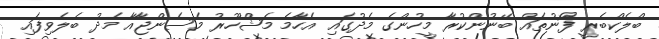
ބްލެކްބެރީ ފޯނުތައް ބޭނުންކުރާ މީހުންގެ މެދުގައި އެހާމެ މަޝްހޫރު މެސެންޖާއާ މެދު ބެލެވިފައި